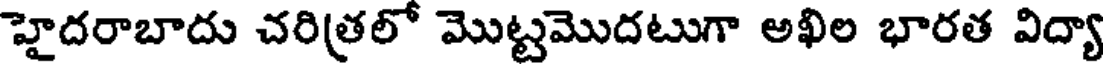
హైదరాబాదు చరిత్రలో మొట్టమొదటుగా అఖిల భారత విద్యా